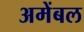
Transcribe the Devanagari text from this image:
अमेंबल